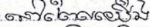
នៅពេលយើង